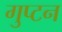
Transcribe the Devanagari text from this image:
गुप्टन